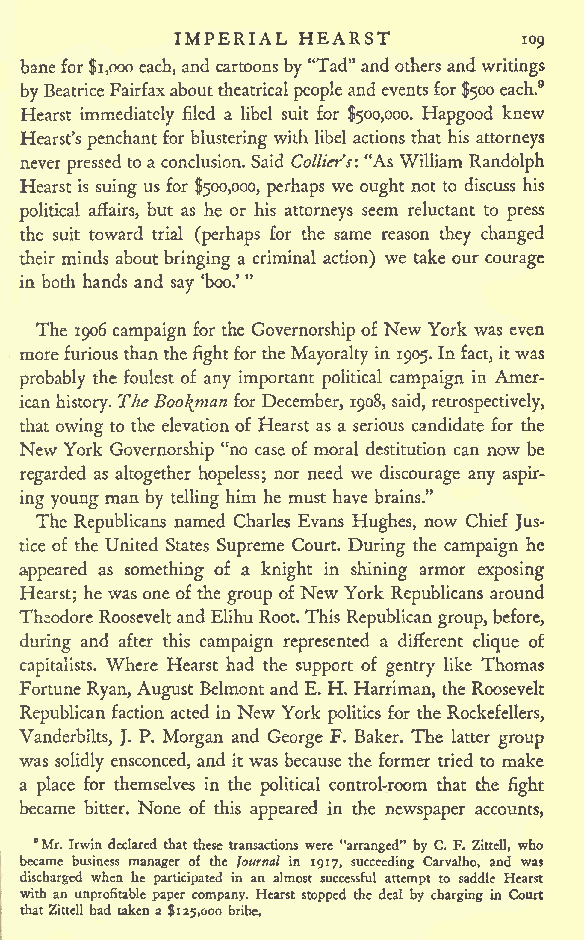
IMPERIAL HEARST
 109
 banefor$1,000 each, and cartoonsby"Tad"andothers and writings
 byBeatriceFairfaxabouttheatricalpeople and eventsfor$500 each.9
 Hearst immediately filed a libel suit for $500,000. Hapgood knew
 Hearst's penchantfor blustering with libel actions that his attorneys
 neverpressed to a conclusion. Said Collier's: "As William Randolph
 Hearst is suing usfor $500,000, perhaps we ought not to discuss his
 political affairs, but as he or his attorneys seem reluctant to press
 the suit toward trial (perhaps for the same reason they changed
 their minds about bringing a criminal action) we take our courage
 "
 in both hands and say 'boo.'
 The 1906 campaign for the Governorship of New York was even
 morefuriousthanthefightforthe Mayoraltyin 1905. Infact, itwas
 probably the foulest of any important political campaign in Amer-
 icanhistory. TheBookman for December, 1908, said, retrospectively,
 that owing to the elevation of Hearst as a serious candidate for the
 New York Governorship "no case of moral destitution can now be
 regarded as altogether hopeless; nor need we discourage any aspir-
 ing young man by telling him he must have brains."
 The Republicans named Charles Evans Hughes, now Chief Jus-
 tice of the United States Supreme Court. During the campaign he
 appeared as something of a knight in shining armor exposing
 Hearst; he was one ofthe group ofNew York Republicans around
 TheodoreRooseveltand ElihuRoot.This Republicangroup,before,
 during and after this campaign represented a different clique of
 capitalists. Where Hearst had the support of gentry like Thomas
 FortuneRyan, August Belmontand E. H. Harriman, the Roosevelt
 Republican faction acted in New York politics for the Rockefellers,
 Vanderbilts, J. P. Morgan and George F. Baker. The latter group
 was solidly ensconced, and it was because the former tried to make
 a place for themselves in the political control-room that the fight
 became bitter. None of this appeared in the newspaper accounts,
 Mr. Irwin declared that these transactions were "arranged" by C. F. Zittell, who
 became business manager of the Journal in 1917, succeeding Carvalho, and was
 discharged when he participated in an almost successful attempt to saddle Hearst
 with an unprofitable paper company. Hearst stopped the deal by charging in Court
 thatZittell had taken a$125,000 bribe.